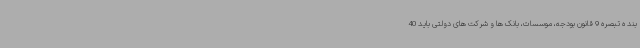
بند ه تبصره 9 قانون بودجه، موسسات، بانک ها و شرکت های دولتی باید 40